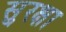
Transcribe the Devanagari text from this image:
सु्रक्षा